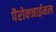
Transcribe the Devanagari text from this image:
पैरोक्जाईमल